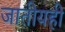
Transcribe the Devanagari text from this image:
जातीयही